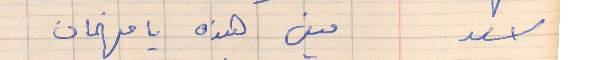
اسعد        مين هذه يا فهمان